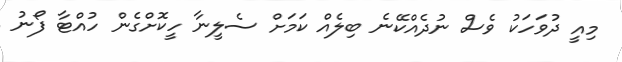
މިއީ ދުވަހަކު ވެސް ނުދެއްކޭނެ ބިލެއް ކަމަށް ސެލީނާ ހީކޮށްގެން ހުއްޓާ ފޯނު